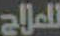
للملاح